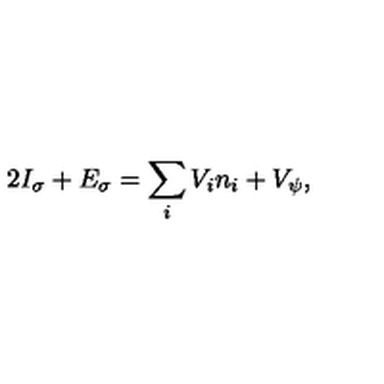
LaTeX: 2 I _ { \sigma } + E _ { \sigma } = \sum _ { i } V _ { i } n _ { i } + V _ { \psi } ,